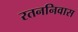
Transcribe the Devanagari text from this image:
रतननिवास